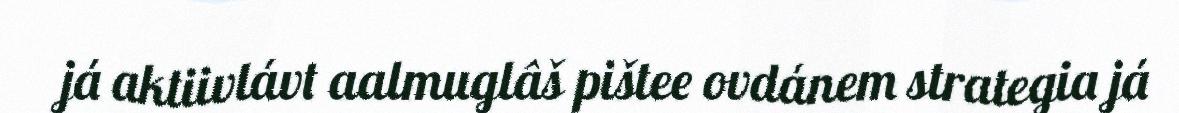
já aktiivlávt aalmuglâš pištee ovdánem strategia já